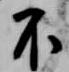
不